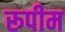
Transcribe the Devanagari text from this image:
रूपीम